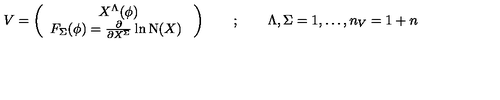
V = \left( \begin{array} { c } { X ^ { \Lambda } ( \phi ) } \\ { F _ { \Sigma } ( \phi ) = \frac { \partial } { \partial X ^ { \Sigma } } \ln \mathrm { N } ( X ) \ } \\ \end{array} \right) \quad \quad ; \quad \quad \Lambda , \Sigma = 1 , \dots , n _ { V } = 1 + n